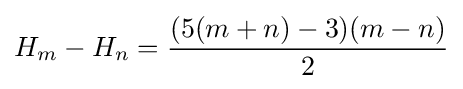
H_{m}-H_{n}={\frac {(5(m+n)-3)(m-n)}{2}}